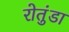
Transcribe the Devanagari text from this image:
रोतुंडा